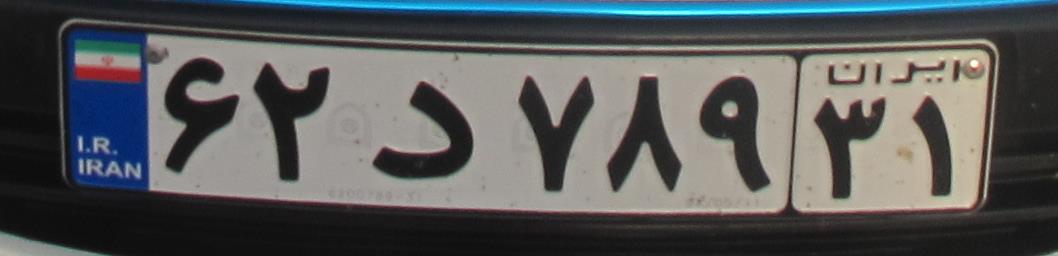
۶۲د۷۸۹۳۱